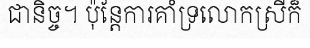
ជានិច្ច។ ប៉ុន្តែការគាំទ្រលោកស្រីក៏